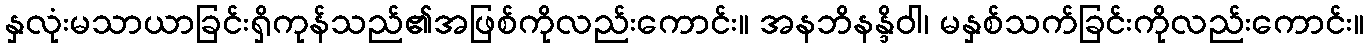
နှလုံးမသာယာခြင်းရှိကုန်သည်၏အဖြစ်ကိုလည်းကောင်း။ အနဘိနန္ဒိဝါ၊ မနှစ်သက်ခြင်းကိုလည်းကောင်း။